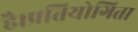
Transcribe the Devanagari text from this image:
है।प्रतियोगिता